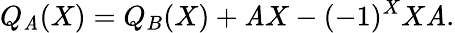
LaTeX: Q_{\mathit{A}}(X)=Q_{B}(X)+\mathit{A}X-(-1)^{X}X\mathit{A}.